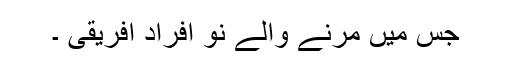
جس میں مرنے والے نو افراد افریقی ۔